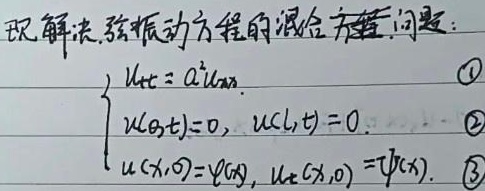
现解决弦振动方程的混合方程问题：
\[
\begin{cases}
u_{tt}=a^{2}u_{xx} & \text{\textcircled{1}}\\
u(0,t)=0, \ u(l,t)=0 & \text{\textcircled{2}}\\
u(x,0)=\varphi(x), \ u_t(x,0)=\psi(x) & \text{\textcircled{3}}
\end{cases}
\]